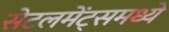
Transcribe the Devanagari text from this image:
सेटलमेंट्‌समध्ये